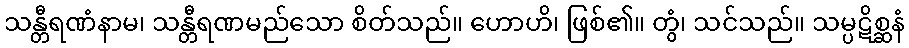
သန္တီရဏံနာမ၊ သန္တီရဏမည်သော စိတ်သည်။ ဟောဟိ၊ ဖြစ်၏။ တွံ၊ သင်သည်။ သမ္ပဋိစ္ဆနံ